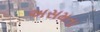
અસમતા